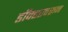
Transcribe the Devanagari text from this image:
डॉक्टरवरून